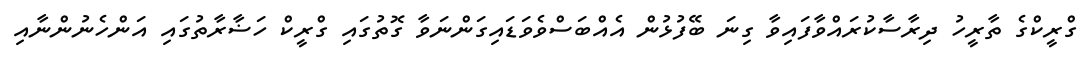
ގްރީކްގެ ތާރީހު ދިރާސާކުރައްވާފައިވާ ގިނަ ބޭފުޅުން އެއްބަސްވެވަޑައިގަންނަވާ ގޮތުގައި ގްރީކް ހަޟާރާތުގައި އަންހެނުންނާއި